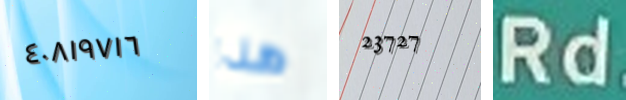
٤٠٨١٩٧١٦ هذا 23727 Rd